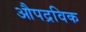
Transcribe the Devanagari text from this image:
औपद्रविक